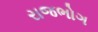
રાજભોગ